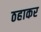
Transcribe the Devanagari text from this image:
ठहाकर